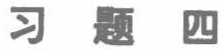
习题四